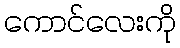
ကောင်လေးကို